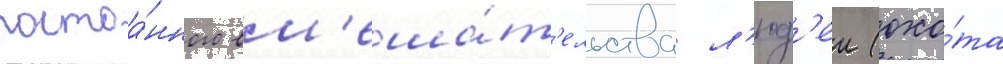
постоа́нного вм'еша́т'ельства л'юд'еи (охо́та